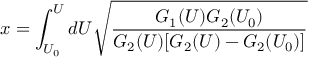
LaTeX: x = \int _ { U _ { 0 } } ^ { U } d U \sqrt { \frac { G _ { 1 } ( U ) G _ { 2 } ( U _ { 0 } ) } { G _ { 2 } ( U ) [ G _ { 2 } ( U ) - G _ { 2 } ( U _ { 0 } ) ] } }